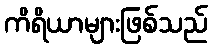
ကိရိယာများဖြစ်သည်